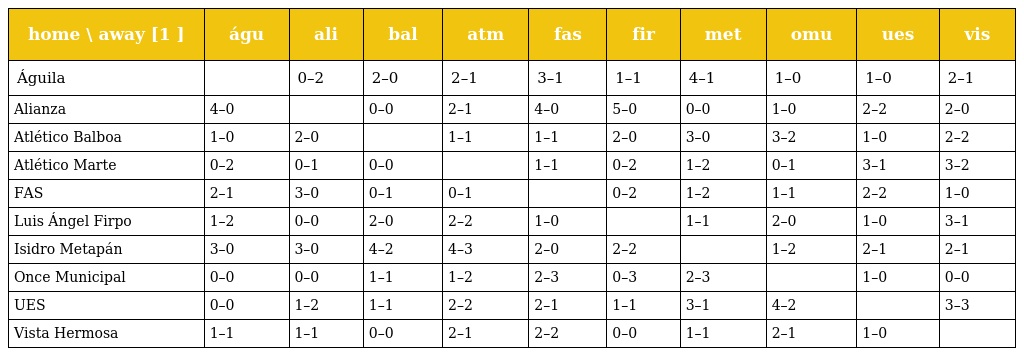
| home \ away [1 ] | águ | ali | bal | atm | fas | fir | met | omu | ues | vis |
 | --- | --- | --- | --- | --- | --- | --- | --- | --- | --- | --- |
 | Águila |  | 0–2 | 2–0 | 2–1 | 3–1 | 1–1 | 4–1 | 1–0 | 1–0 | 2–1 |
 | Alianza | 4–0 |  | 0–0 | 2–1 | 4–0 | 5–0 | 0–0 | 1–0 | 2–2 | 2–0 |
 | Atlético Balboa | 1–0 | 2–0 |  | 1–1 | 1–1 | 2–0 | 3–0 | 3–2 | 1–0 | 2–2 |
 | Atlético Marte | 0–2 | 0–1 | 0–0 |  | 1–1 | 0–2 | 1–2 | 0–1 | 3–1 | 3–2 |
 | FAS | 2–1 | 3–0 | 0–1 | 0–1 |  | 0–2 | 1–2 | 1–1 | 2–2 | 1–0 |
 | Luis Ángel Firpo | 1–2 | 0–0 | 2–0 | 2–2 | 1–0 |  | 1–1 | 2–0 | 1–0 | 3–1 |
 | Isidro Metapán | 3–0 | 3–0 | 4–2 | 4–3 | 2–0 | 2–2 |  | 1–2 | 2–1 | 2–1 |
 | Once Municipal | 0–0 | 0–0 | 1–1 | 1–2 | 2–3 | 0–3 | 2–3 |  | 1–0 | 0–0 |
 | UES | 0–0 | 1–2 | 1–1 | 2–2 | 2–1 | 1–1 | 3–1 | 4–2 |  | 3–3 |
 | Vista Hermosa | 1–1 | 1–1 | 0–0 | 2–1 | 2–2 | 0–0 | 1–1 | 2–1 | 1–0 |  |